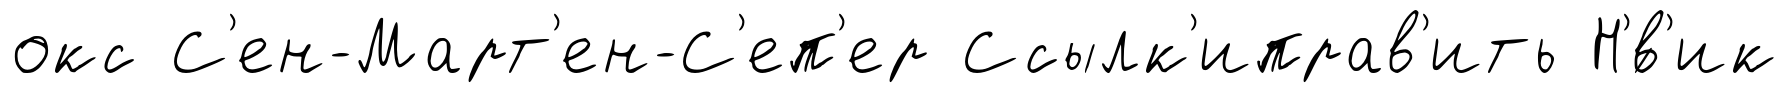
окс С'ен-Март'ен-С'еп'ер Ссылк'иправ'ить Н'́в'ик